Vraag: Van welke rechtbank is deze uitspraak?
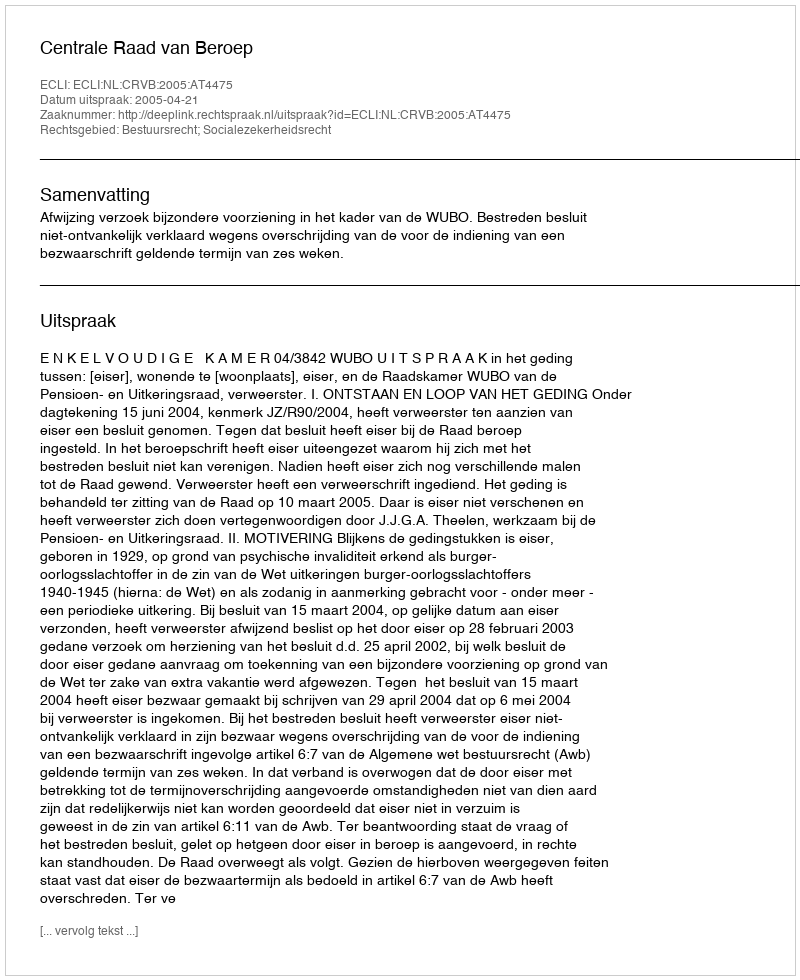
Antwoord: Centrale Raad van Beroep